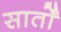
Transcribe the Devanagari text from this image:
सार्तों